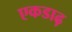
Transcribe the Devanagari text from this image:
एकडाढ़